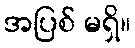
အပြစ် မရှိ။